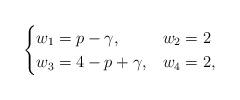
LaTeX: \begin{align*} \begin{aligned}\begin{cases} w_1=p-\gamma, &w_2=2 \\ w_3=4-p+\gamma,&w_4=2,\end{cases}\end{aligned}\end{align*}